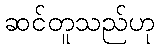
ဆင်တူသည်ဟု